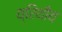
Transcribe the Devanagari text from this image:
थ्रिथीय